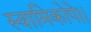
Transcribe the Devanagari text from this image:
स्वामिकोपे।।